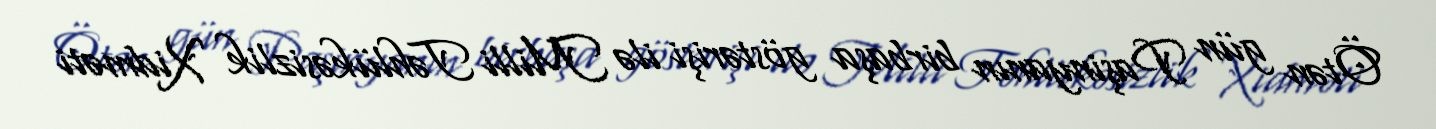
Ötən gün Paşinyanın birbaşa göstərişi ilə Milli Təhlükəsizlik Xidməti